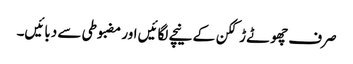
صرف چھوٹے ڑککن کے نیچے لگائیں اور مضبوطی سے دبائیں۔